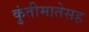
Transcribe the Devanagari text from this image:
कुंतीमातेसह